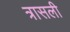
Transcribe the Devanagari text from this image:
त्रासली